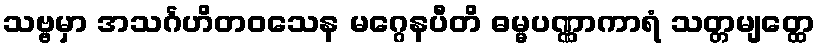
သဗ္ဗမှာ အသင်္ဂဟိတဝသေန မဂ္ဂေနပီတိ ဓမ္မပဏ္ဏာကာရံ သတ္တမျတ္ထေ